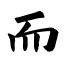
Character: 而